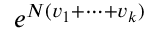
e ^ { N ( v _ { 1 } + \cdots + v _ { k } ) }